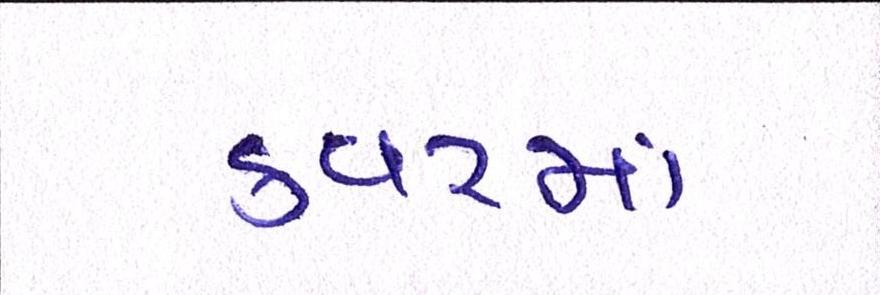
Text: કવરમાં